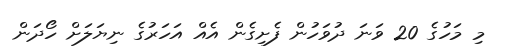
މި މަހުގެ 20 ވަނަ ދުވަހުން ފެށިގެން އެއް އަހަރުގެ ނިޔަލަށް ހޯދަން